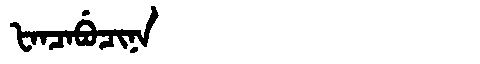
Manchu: ᡶᠠᠨᠴᠠᠪᡠᠴᡳᠨᠠ
Romanization: FANCABUCINA